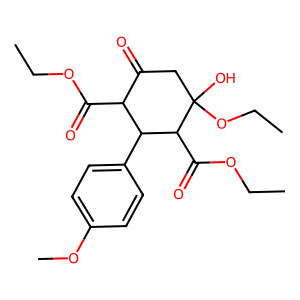
SMILES: CCOC(=O)C1C(=O)CC(O)(OCC)C(C(=O)OCC)C1c1ccc(OC)cc1
Inhibits HIV replication: No